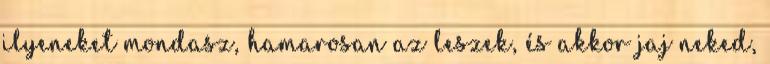
ilyeneket mondasz, hamarosan az leszek, és akkor jaj neked,